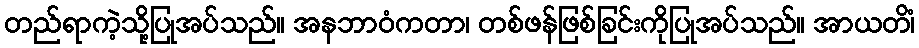
တည်ရာကဲ့သို့ပြုအပ်သည်။ အနဘာဝံကတာ၊ တစ်ဖန်ဖြစ်ခြင်းကိုပြုအပ်သည်။ အာယတိံ၊